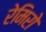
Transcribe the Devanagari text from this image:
रेमिरो